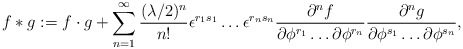
\begin{align*}f\ast g:= f\cdot g+\sum^{\infty}_{n=1}{(\lambda/2)^n\over n!}\epsilon^{r_{1}s_{1}}\dots\epsilon^{r_{n}s_{n}}{\partial^n f\over\partial\phi^{r_{1}}\dots\partial\phi^{r_{n}}}{\partial^n g\over\partial\phi^{s_{1}}\dots\partial\phi^{s_{n}}},\end{align*}